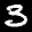
Label: 3